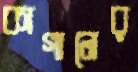
কাগানের